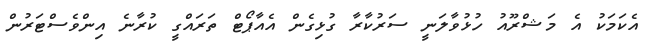
އެކަމަކު އެ މަޝްރޫއު ހުޅުވާލަނީ ސަރުކާރާ ގުޅިގެން އެއާޕޯޓް ތަރައްގީ ކުރާނެ އިންވެސްޓަރުން